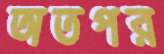
অতপর